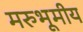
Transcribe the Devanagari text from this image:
मरुभूमीय